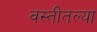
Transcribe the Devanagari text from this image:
वस्तीतल्या